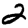
Digit: 2